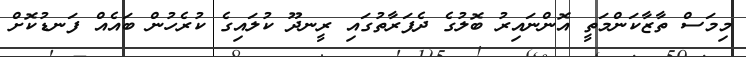
މިމަސް ތާޒާކަންމަތީ އޮންނައިރު ބޮލުގެ ދެފަރާތުގައި ރީނދޫ ކުލައިގެ ކުރެހުން ބައެއް ފަނޑުކޮށް